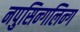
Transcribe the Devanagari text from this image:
नपुसिन्गलिन्ग